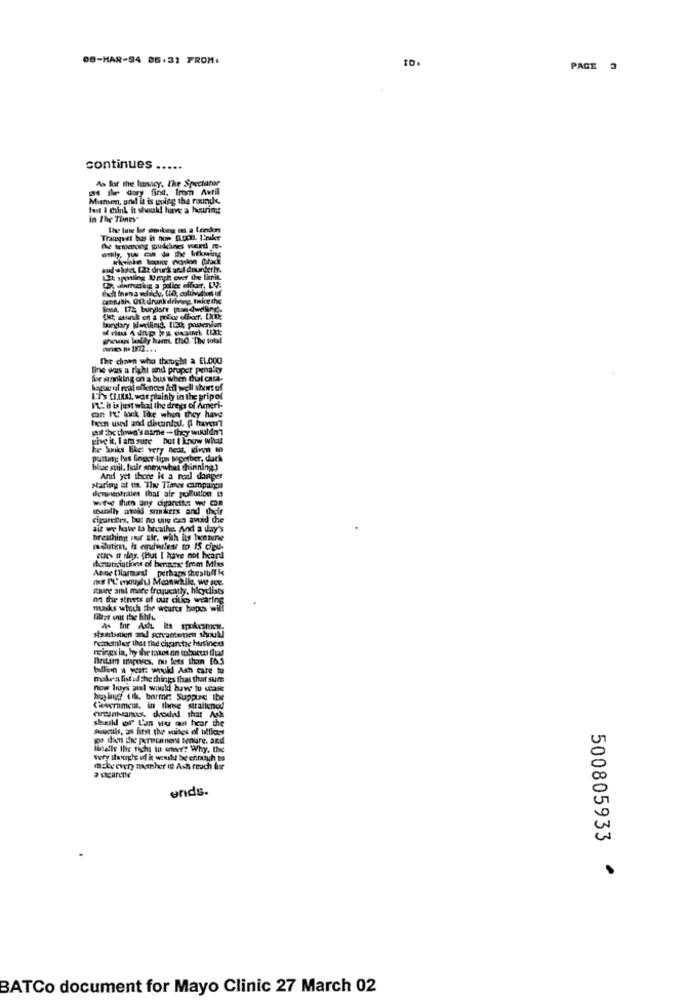
08-MAR-94 05.31 FROM:
10
PAGE 3
continues .....
As for the lunacy. The Spectator
as fler Gory first. Irom Avril
Mumen, and it is going the rounds,
fast I think it should have a heuring
in The Times"
the line lis omkem as a tonden
and whyct [22 drunk and duurderly.
LIt sportling Umph over the limit
canflatth, Uit drunkdriving tnicethe
Tema. 172; buryisty man dwellingd.
gowns lolly ham. tho. The subal
The chan who thought a EL.000
fine was a righi and proper penalty
for samking on a bus when thul Cata-
hagurul real offences &fl well short of
L'is Cual was plainly in the pripol
IL". it is heit what the dregs of Ameri-
been used and discunted. @ haven't
can I'U: kock lace when they have
the thwwwa's name - they willdm'T
give it, I am sure but I know witt
ke koks Bike: very nedt. given 10
putting: luis Ginger lips together, duck
blue stul. huile somewhat thinning.)
And yet there is a real danger
Harlay at un The Tiater cimpuigtu
dernostrales that air pollution 13
usually areil snikkers and their
cigaretrs, but no one can avoid the
ait we how to breathe, And a day's
breathingt For air. with its bonnene
mdutin, is emdurlest to IS cieu-
denunciations of benasse frem Miss
cules u rias. (but I have not heard
Anne Dlareal perhaps thestuff ks
muer art more frequently, hlcyclists
on the streets of our cities wearing
masks which the weurer hopes will
sisetsstien and screamteten should
Femnoniler that thee cigarette business
meines in, hy the taxes on tobuscus duas
Betim markies, no less than [6.5
ballin a year: would Ash cate tu
makea list of the things that that sum
now buys all would baw to case
haglut til, barme Suppune the
Convertiment, in three straiteney!
enMan doodwd that Ash
shull of L'an wo an hear the
Buurtils, as first the suites of bifflost
ga d'un the porncarnere tenure. and
Thsalle the night to ener? Why. the
tory thought of it would be enough to
make every member nt Ash reach for
ends.
500805933 ª
BATCo document for Mayo Clinic 27 March 02